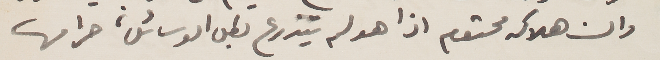
وان هلاكه محتوم اذا هو لم يتذرع بكل الوسائل، حرامها